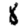
Digit: 8